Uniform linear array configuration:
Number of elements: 48
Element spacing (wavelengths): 0.75
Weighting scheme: exponential
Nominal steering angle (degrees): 30
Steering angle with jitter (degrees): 31.797
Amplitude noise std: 0.05
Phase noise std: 0.05

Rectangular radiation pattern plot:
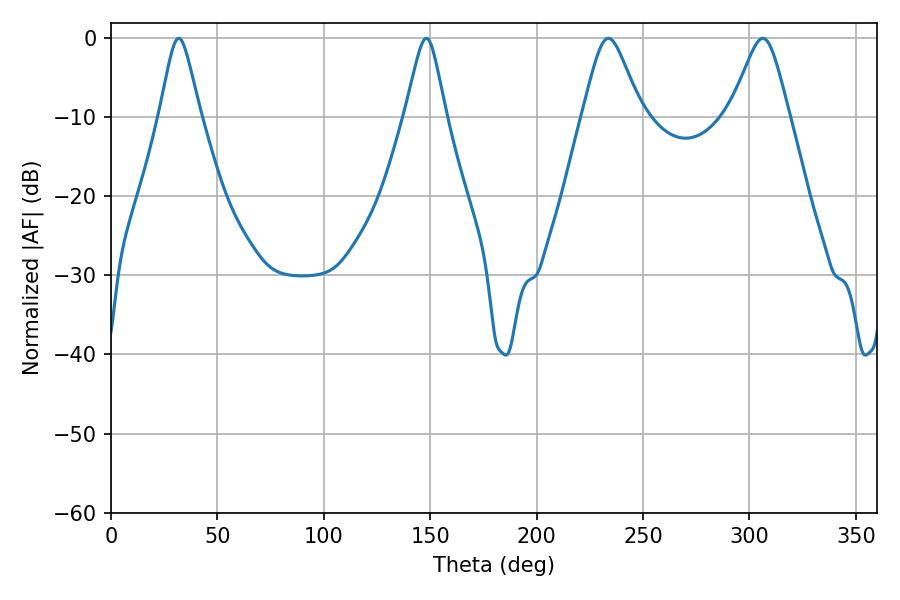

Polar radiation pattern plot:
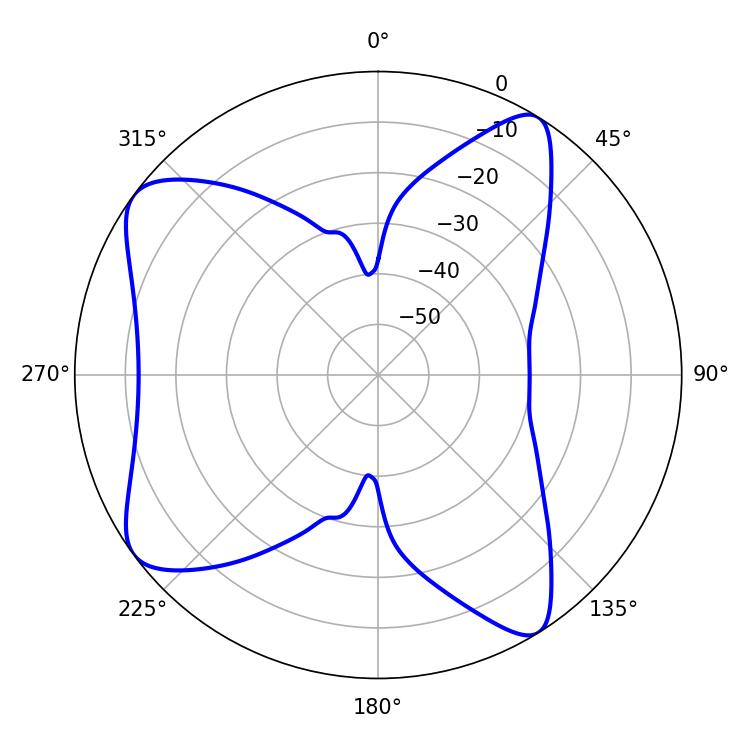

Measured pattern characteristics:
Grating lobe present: TRUE
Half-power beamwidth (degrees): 9.18
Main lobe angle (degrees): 31.86